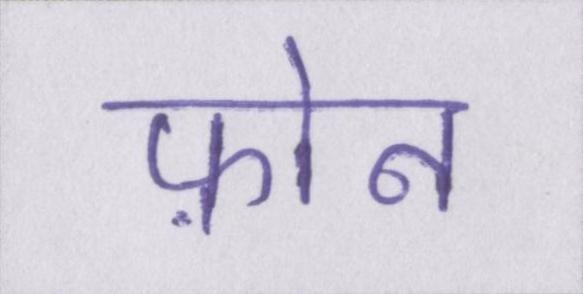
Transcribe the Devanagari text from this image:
फ़ोन